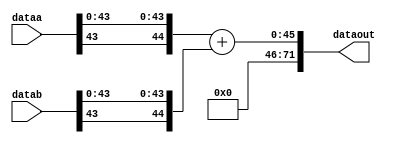
module hardcopyiii_carry_chain_adder(
                               dataa,
                               datab,
                               dataout
                               );
// INPUT PORTS
input [71 : 0 ]  dataa;
input [71 : 0 ] datab;
// OUTPUT PORTS
output [71  :0] dataout;
reg[71:0] dataout_tmp;
specify
    (dataa  *> dataout)             = (0, 0);
    (datab *> dataout)             = (0, 0);
endspecify
assign dataout = dataout_tmp;
initial
    begin
        dataout_tmp = 72'b0;
    end
always@(dataa or datab)
    begin
       dataout_tmp = {dataa[43],dataa[43:0]}  + {datab[43],datab[43:0]};
    end
endmodule